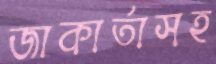
জাকার্তাসহ